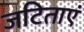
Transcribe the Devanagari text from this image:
जटिताएं